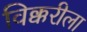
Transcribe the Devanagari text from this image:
विक्करीला